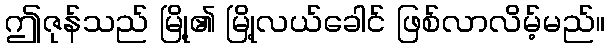
ဤဇုန်သည် မြို့၏ မြို့လယ်ခေါင် ဖြစ်လာလိမ့်မည်။